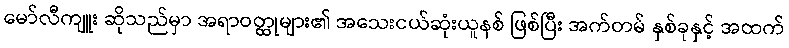
မော်လီကျူး ဆိုသည်မှာ အရာဝတ္ထုများ၏ အသေးငယ်ဆုံးယူနစ် ဖြစ်ပြီး အက်တမ် နှစ်ခုနှင့် အထက်